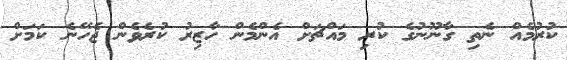
ކުރުމެއް ނެތި ގާނޫނުގެ ކުރި މައްޗަށް އެންމެން ހާޒިރު ކުރެވެން ޖެހޭނެ ކަމަށް